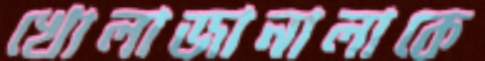
খোলাজানালাকে